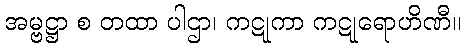
အမ္ဗဋ္ဌာ စ တထာ ပါဌာ၊ ကဋုကာ ကဋုရောဟိဏီ။